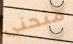
منحنى